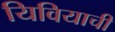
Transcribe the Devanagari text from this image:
यिवियाची